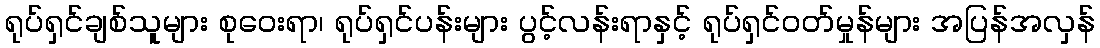
ရုပ်ရှင်ချစ်သူများ စုဝေးရာ၊ ရုပ်ရှင်ပန်းများ ပွင့်လန်းရာနှင့် ရုပ်ရှင်ဝတ်မှုန်များ အပြန်အလှန်